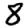
Digit: 8